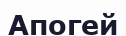
Апогей